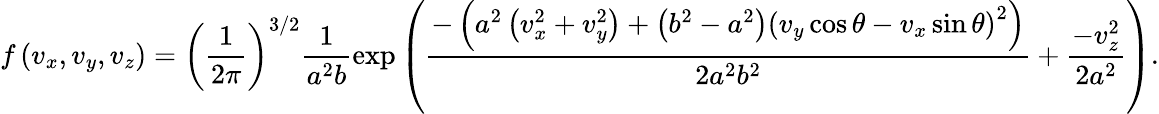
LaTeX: f\left(v_{x},v_{y},v_{z}\right)=\left(\frac{1}{2\pi}\right)^{3/2}\frac{1}{a^{2}b}\exp\left(\frac{-\left(a^{2}\left(v_{x}^{2}+v_{y}^{2}\right)+\left(b^{2}-a^{2}\right)\left(v_{y}\cos\theta-v_{x}\sin\theta\right)^{2}\right)}{2a^{2}b^{2}}+\frac{-v_{z}^{2}}{2a^{2}}\right).